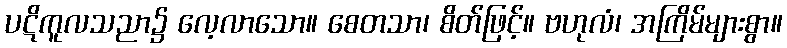
ပဋိကူလသညာ၌ လေ့လာသော။ စေတသာ၊ စိတ်ဖြင့်။ ဗဟုလံ၊ အကြိမ်များစွာ။